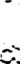
.